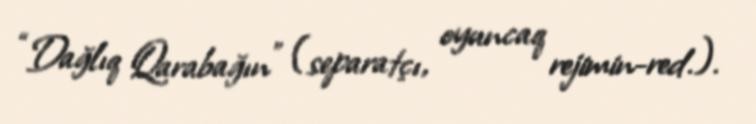
“Dağlıq Qarabağın” (separatçı, oyuncaq rejimin-red.).